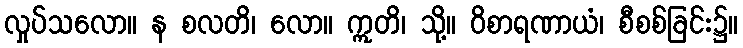
လှုပ်သလော။ န စလတိ၊ လော။ ဣတိ၊ သို့။ ဝိစာရဏာယံ၊ စီစစ်ခြင်း၌။